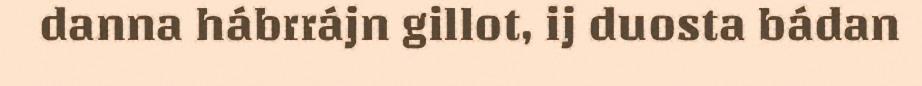
danna hábrrájn gillot, ij duosta bádan